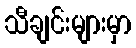
သီချင်းများမှာ